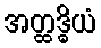
အတ္ထဒ္ဓိယံ